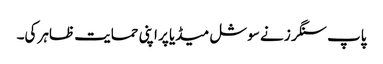
پاپ سنگرز نے سوشل میڈیا پر اپنی حمایت ظاہر کی۔